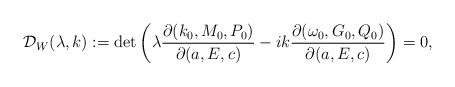
\begin{align*}\mathcal{D}_W(\lambda,k):=\det\left(\lambda\frac{\partial(k_0,M_0,P_0)}{\partial(a,E,c)}-ik\frac{\partial(\omega_0,G_0,Q_0)}{\partial(a,E,c)}\right)=0,\end{align*}